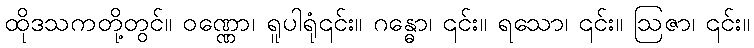
ထိုဒသကတို့တွင်။ ဝဏ္ဏော၊ ရူပါရုံ၎င်း။ ဂန္ဓော၊ ၎င်း။ ရသော၊ ၎င်း။ ဩဇာ၊ ၎င်း။